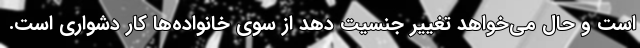
است و حال می‌خواهد تغییر جنسیت دهد از سوی خانواده‌ها کار دشواری است.